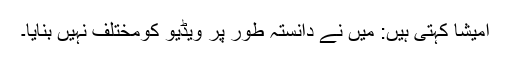
امیشا کہتی ہیں: میں نے دانستہ طور پر ویڈیو کومختلف نہیں بنایا۔